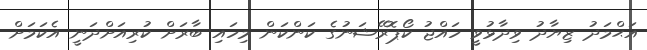
އަޙްމަދު ޒިޔާދު ވިދާޅުވީ ހައްޖު ކޯޕޮރޭޝަނުގެ ކަންކަން މިހައި ބާރަށް ކުރިއަށްދަނީ އެކަމަށް